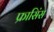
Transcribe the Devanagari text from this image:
फ्रासिंस